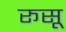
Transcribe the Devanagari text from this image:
रूसू